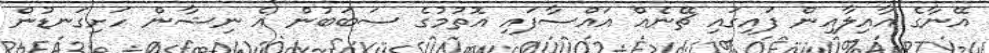
އޭނާގެ އާއިލާއިން ފައިގައި ޗޭނެއް އައްސާފައި އޮތުމުގެ ސަބަބުން އެ ނިޝާން ހަށިގަނޑުން